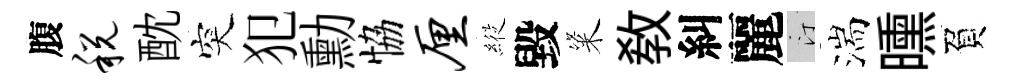
腹税酖突犯勳恊厘𦂵毀粢敎糾麗汀湍曛負